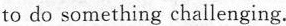
to do something challenging.